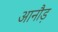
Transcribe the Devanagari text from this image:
आनौड़